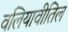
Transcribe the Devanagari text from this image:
वलियावीतिल